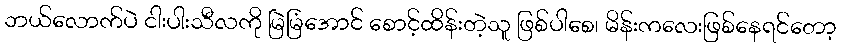
ဘယ်လောက်ပဲ ငါးပါးသီလကို မြဲမြံအောင် စောင့်ထိန်းတဲ့သူ ဖြစ်ပါစေ၊ မိန်းကလေးဖြစ်နေရင်တော့